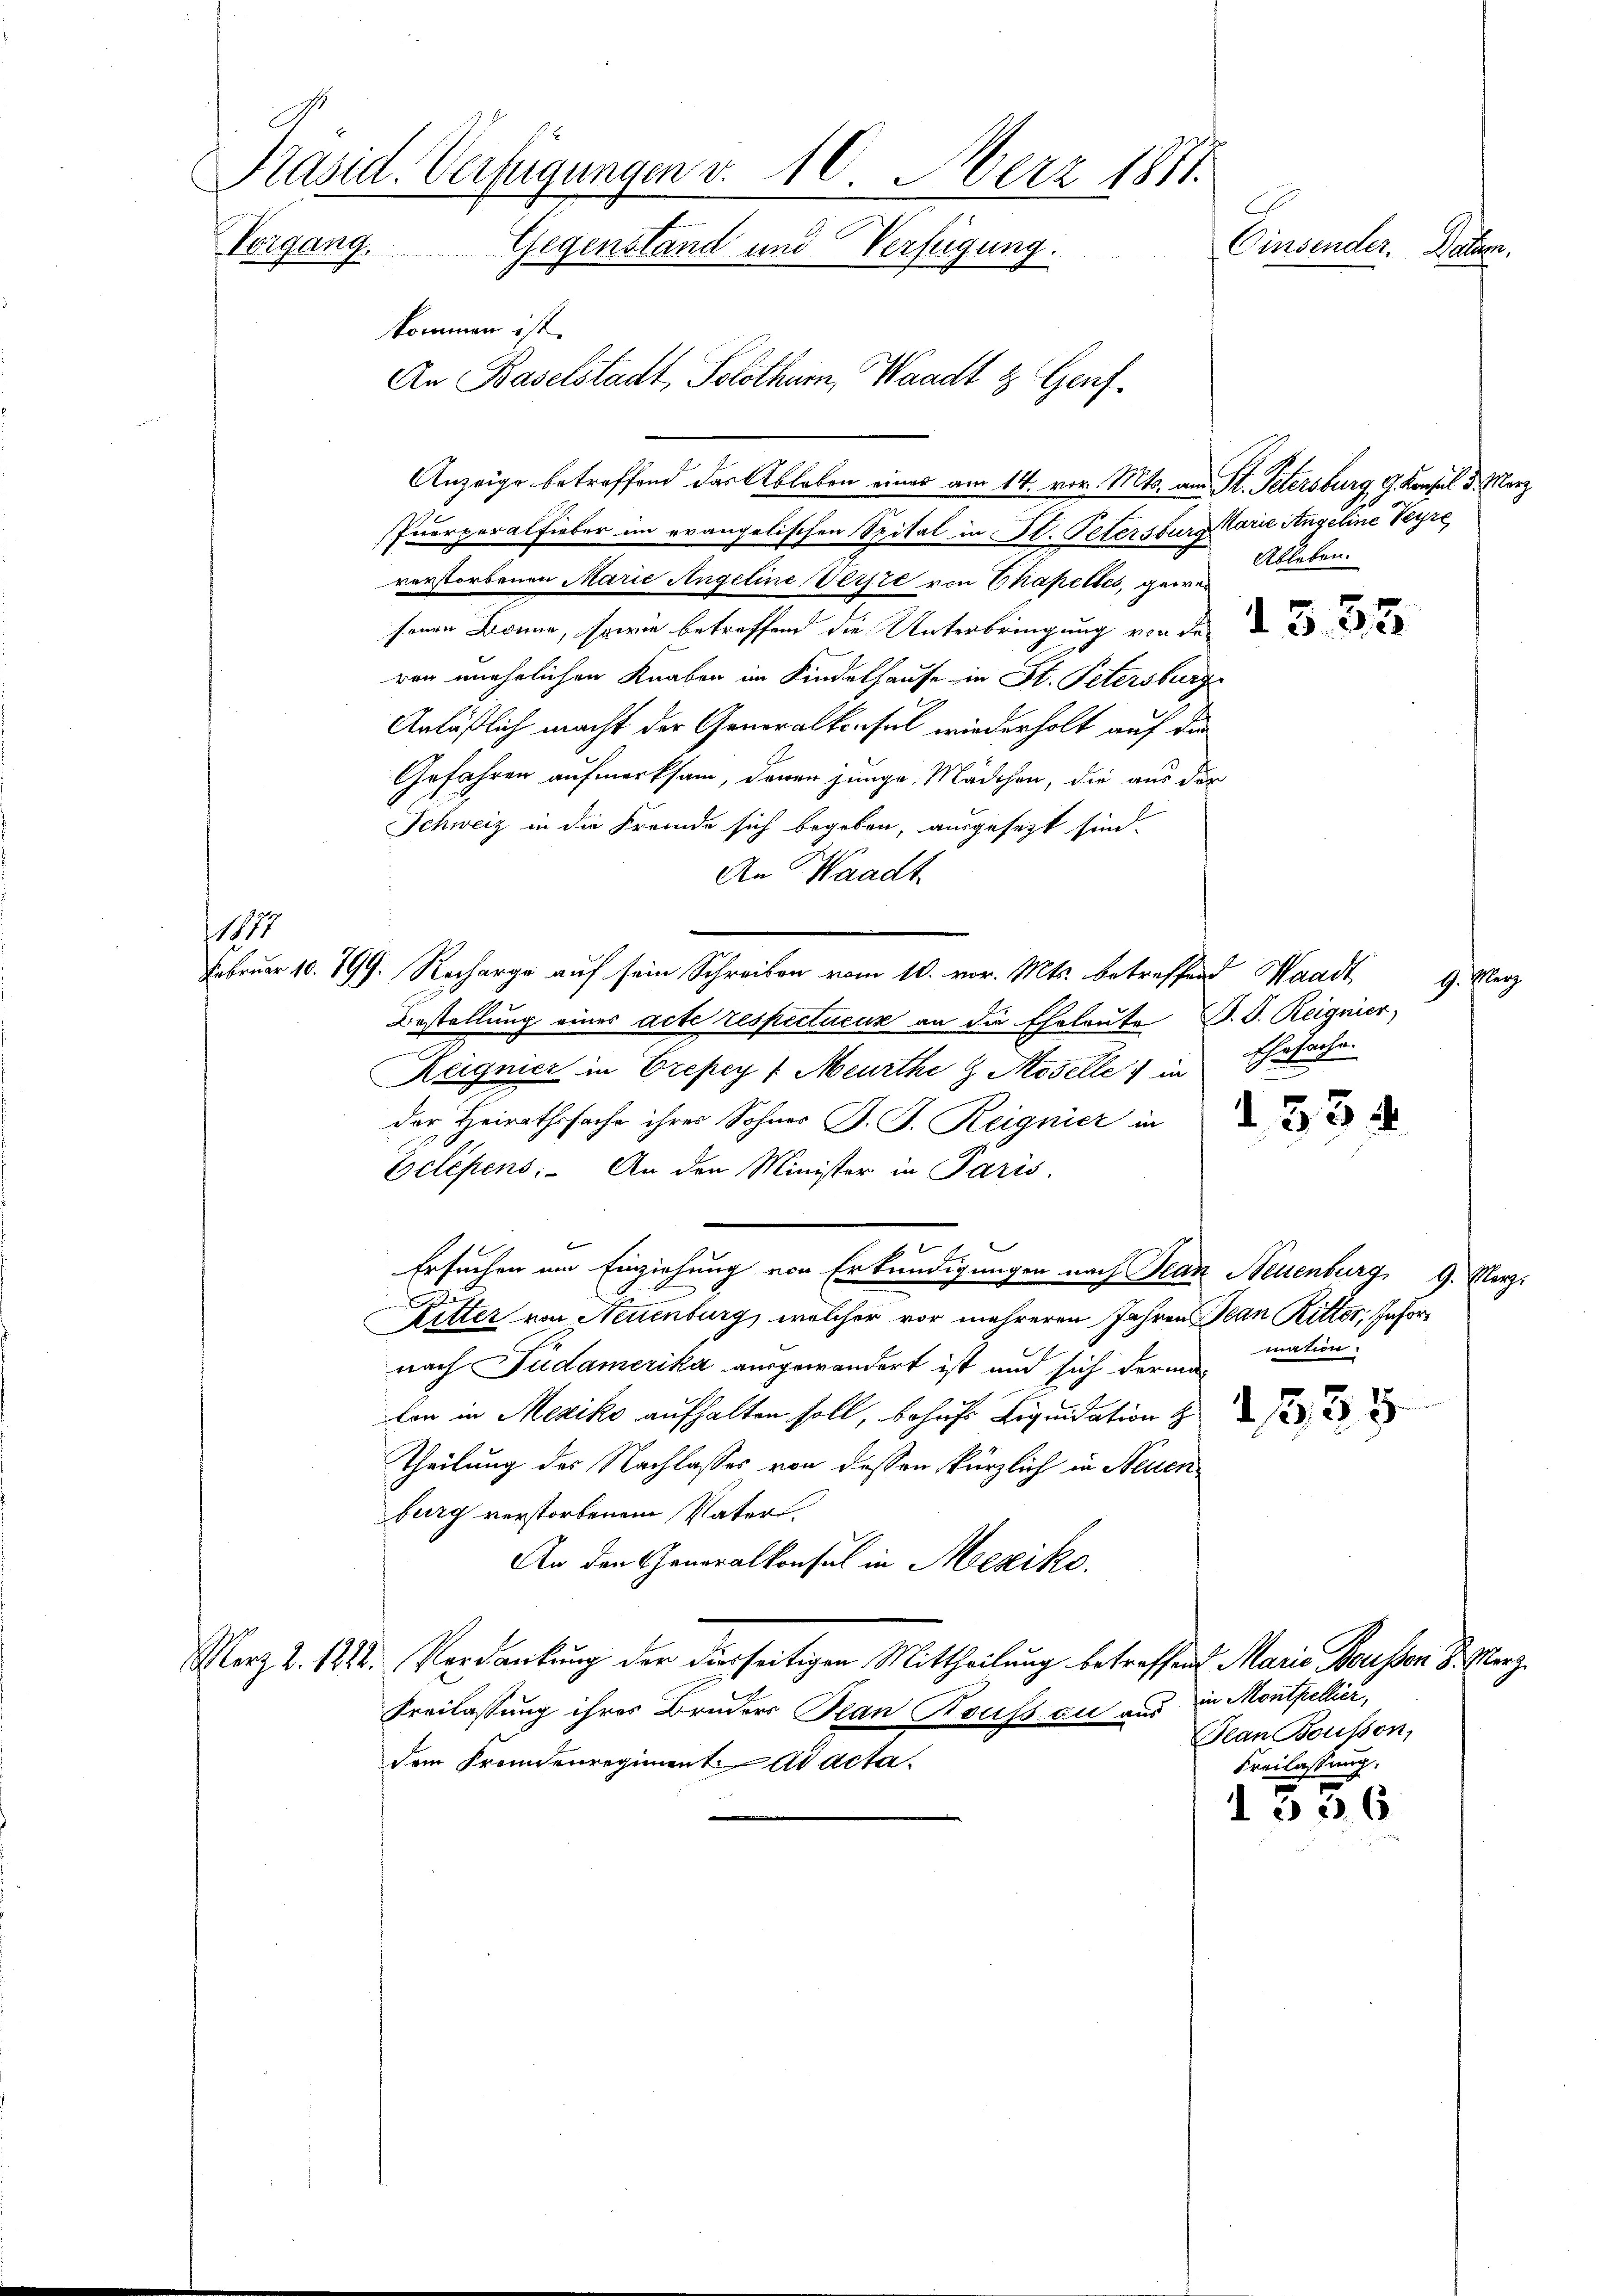
Präsid. Verfügungen v. 10. März 1881.
Crindeter Bethen.
Vorgang. Gegenstand und Verfügung.
kommen ist.
An Baselstadt, Solothurn, Waadt & Genf¬

1117

Puerporalfieber im evangelischen Spital in Al. Petersburg orie Angeline Veyre
verstorbenen Marie Angeline Weise von Chapelles, gewes
senen Bonne, sowie betreffend die Unterbringung von der
ren unehelichen Knaben im Kindelhause in St. Petersburgs
Anläßlich macht der Generalkonsul wiederholt auf die
Gefahren aufmerksam, denen junge Mädchen, die aus der
Schweiz in die Fremde sich begeben, ausgesezt sind.
An Waadt
Februar 10. 199. Recharge auf sein Schreiben vom 10. vor. Mts. betreffend Waadt
Bestellung eines acte respecticus an die Eheleute J. J. Reignier
2
Reignier in Creper / Meurthe z. Moselle in Ehesache.
Der Heirathssache ihrer Sohner J. J. Reignier in 2
Eclépens. An den Minister in Paris.
Ersuchen um Einziehung von Erkundigungen nach Jean Neuenburg, 9. Nerz.
Ritter von Neuenburg, welcher vor mehreren Jahren Jean Ritter, Infornach Pudamerika ausgewandert ist und sich derma-
kon in Mexiko aufhalten soll, behufs Liquidation
Theilung des Nachlasses von dessen kürzlich in Neuen
burg verstorbenem Vater.
An den Generalkonsul in Mexiko
Morz Z. 1218. Verdankung der dierseitigen Mittheilung betreffend Marie Bauten 8. Merz.
Freilassung ihres Bruders Plan Roussau aus in Montpellier,
dem Fremdenregiment ad acta

Anzeige betreffend das Ableben eines am 14. vor. Mts. am St. Petersburg, G. Konsul 3. März

Ableben.

mation.

e
d. 1353.

Jean Bousson,
Freilassung.

1336

g. Plan